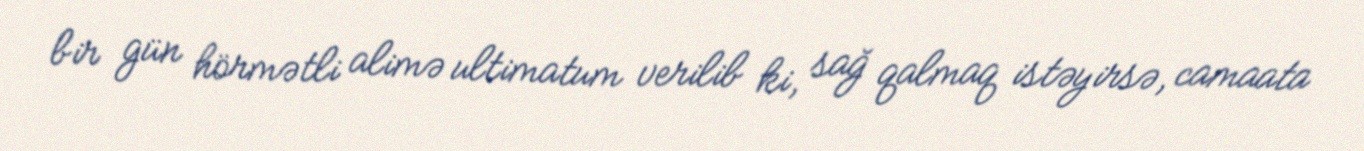
bir gün hörmətli alimə ultimatum verilib ki, sağ qalmaq istəyirsə, camaata